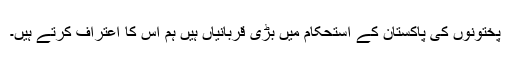
پختونوں کی پاکستان کے استحکام میں بڑی قربانیاں ہیں ہم اس کا اعتراف کرتے ہیں۔